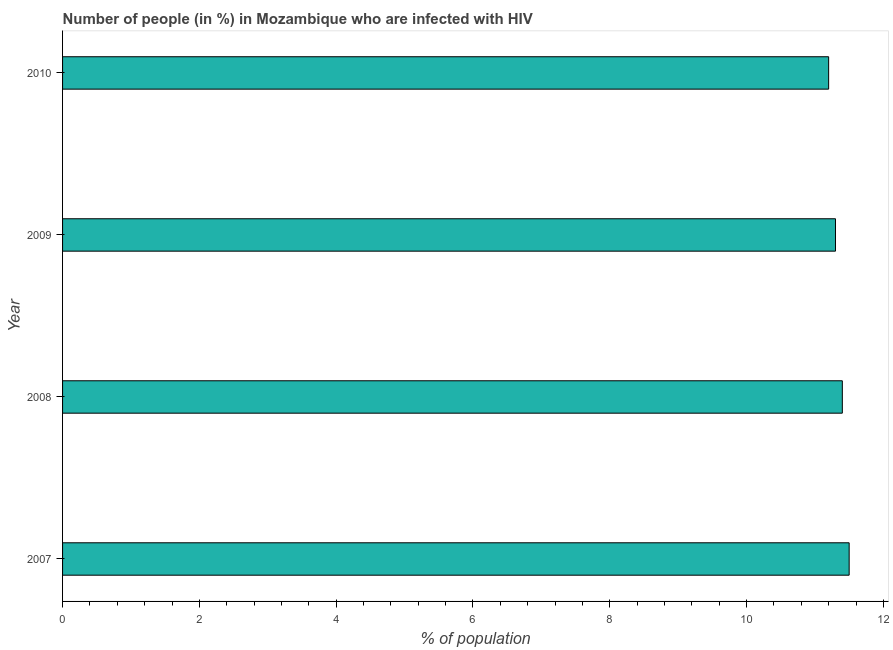
| Year | Infected with HIV |
 | --- | --- |
 | 2007 | 11.5 |
 | 2008 | 11.4 |
 | 2009 | 11.3 |
 | 2010 | 11.2 |